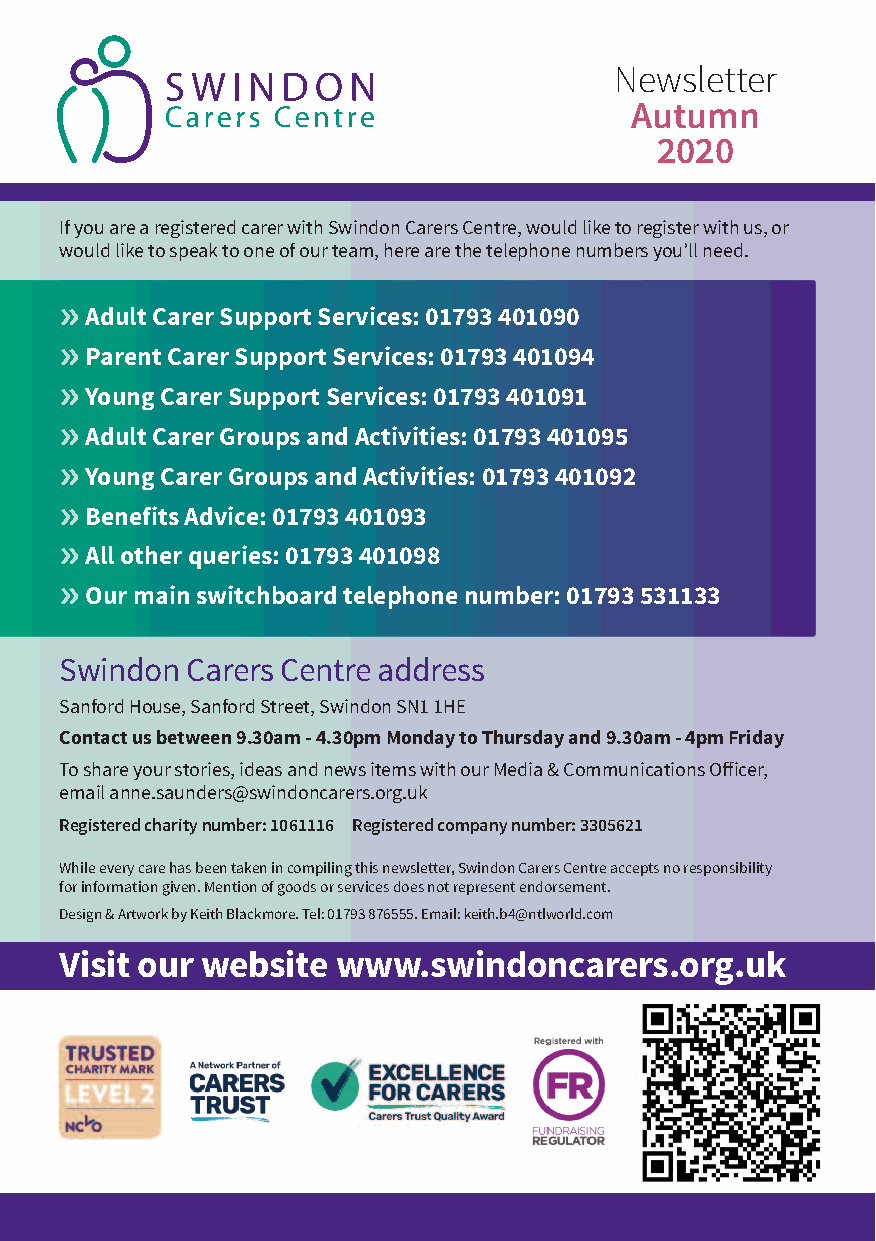
Newsletter
 Autumn
 2020
 If you are a registered carer with Swindon Carers Centre, would like to register with us, or
 would like to speak to one of our team, here are the telephone numbers you’ll need.
 »
 Adult Carer Support Services: 01793 401090
 »
 Parent Carer Support Services: 01793 401094
 »
 Young Carer Support Services: 01793 401091
 »
 Adult Carer Groups and Activities: 01793 401095
 »
 Young Carer Groups and Activities: 01793 401092
 »
 Benefits Advice: 01793 401093
 »
 All other queries: 01793 401098
 »
 Our main switchboard telephone number: 01793 531133
 Swindon Carers Centre address
 Sanford House, Sanford Street, Swindon SN1 1HE
 Contact us between 9.30am - 4.30pm Monday to Thursday and 9.30am - 4pm Friday
 To share your stories, ideas and news items with our Media & Communications Officer,
 email anne.saunders@swindoncarers.org.uk
 Registered charity number: 1061116 Registered company number: 3305621
 While every care has been taken in compiling this newsletter, Swindon Carers Centre accepts no responsibility
 for information given. Mention of goods or services does not represent endorsement.
 Design & Artwork by Keith Blackmore. Tel: 01793 876555. Email: keith.b4@ntlworld.com
 Visit our website www.swindoncarers.org.uk